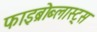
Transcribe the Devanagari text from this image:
फाइब्रोब्लास्ट्स